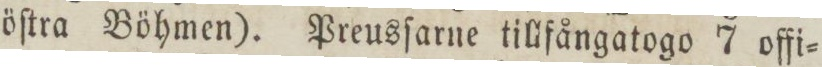
öſtra Böhmen). Preusſarne tillfångatogo 7 offi=